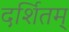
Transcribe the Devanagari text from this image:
दर्शितम्